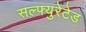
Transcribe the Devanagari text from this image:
सल्फ्युरेटेड